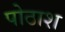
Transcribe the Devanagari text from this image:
पोठाश